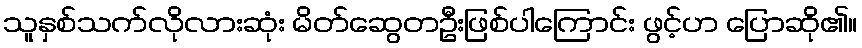
သူနှစ်သက်လိုလားဆုံး မိတ်ဆွေတဦးဖြစ်ပါကြောင်း ဖွင့်ဟ ပြောဆို၏။